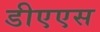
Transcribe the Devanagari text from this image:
डीएएस